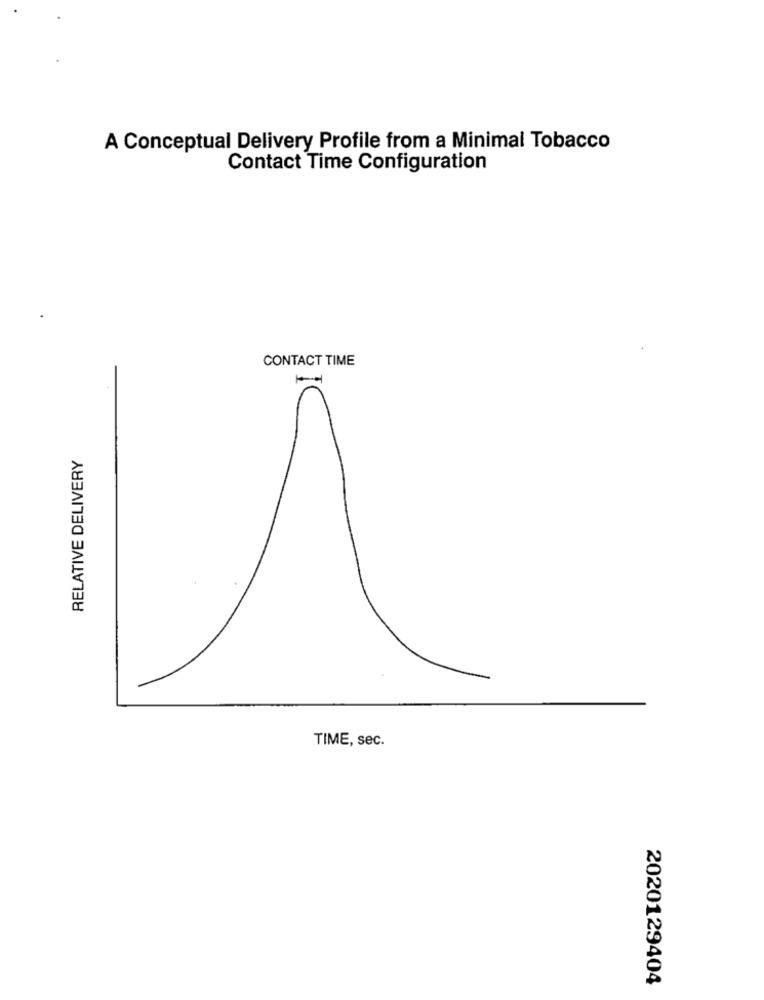
A Conceptual Delivery Profile from a Minimal Tobacco
Contact Time Configuration
CONTACT TIME
RELATIVE DELIVERY
TIME, sec.
2020129404